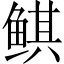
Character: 鲯